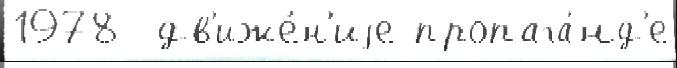
1978  дв'иже́н'иjе пропага́нд'е